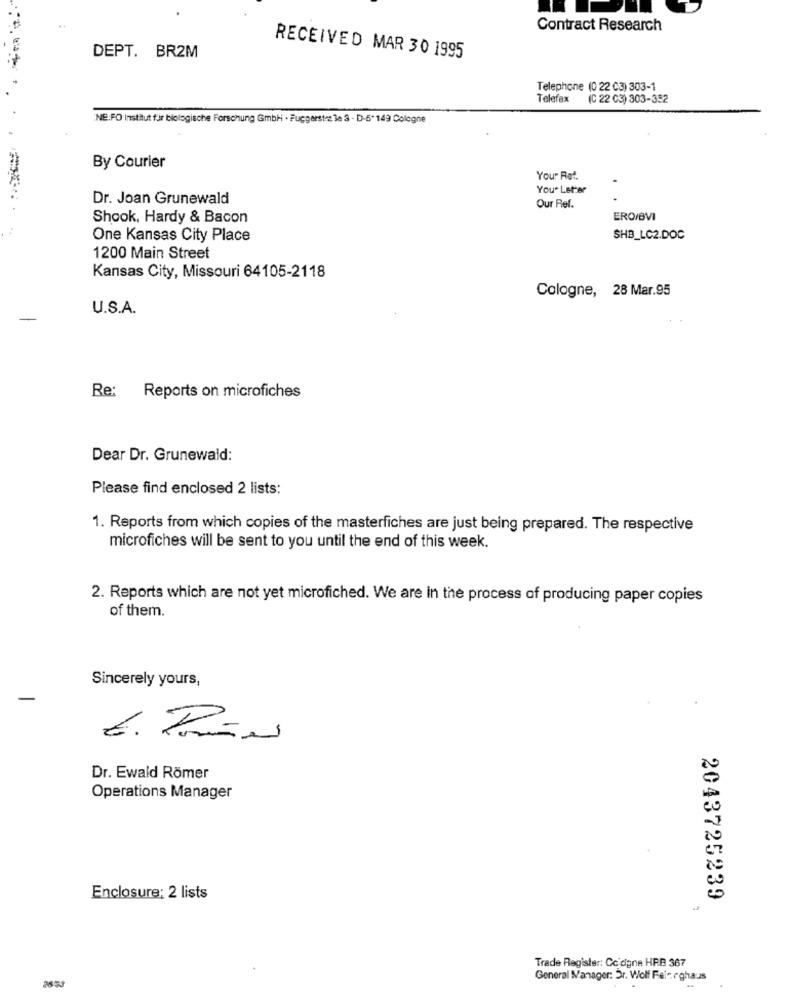
Contract Research
DEPT. BR2M
RECEIVED MAR 30 1995
Telephone (0 22 C3) 303-1
Telefax
(C 22 03) 303-352
NE.FO Institut für biologische Forschung GmbH · Fuggerstez le 3 - D-6* 149 Cologne
By Courier
Your Rot.
You" Letter
Dr. Joan Grunewald
Our Ref.
Shook, Hardy & Bacon
ERO/BVI
One Kansas City Place
SHB_LC2.DOC
1200 Main Street
Kansas City, Missouri 64105-2118
Cologne, 28 Mar.95
U.S.A.
-
Re: Reports on microfiches
Dear Dr. Grunewald:
Please find enclosed 2 lists:
1. Reports from which copies of the masterfiches are just being prepared. The respective
microfiches will be sent to you until the end of this week.
2. Reports which are not yet microfiched. We are in the process of producing paper copies
of them.
Sincerely yours,
Dr. Ewald Römer
Operations Manager
Enclosure; 2 lists
2043725239
Trade Register: Cc ogne HRB 367
General Manager: Dr. Wolf Fel -. eghaus